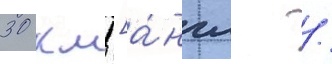
30 км [а́нгл. /